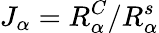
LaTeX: J_{\alpha}=R_{\alpha}^{C}/R_{\alpha}^{s}